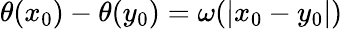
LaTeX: \theta(x_{0})-\theta(y_{0})=\omega(|x_{0}-y_{0}|)